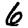
Digit: 6